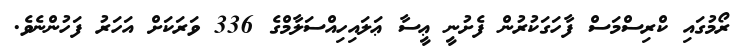
ރޯމުގައި ކްރިސްމަސް ފާހަގަކުރުން ފެށުނީ ޢީސާ ޢަލައިހިއްސަލާމްގެ 336 ވަރަކަށް އަހަރު ފަހުންނެވެ.